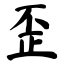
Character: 歪